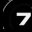
Digit: 7